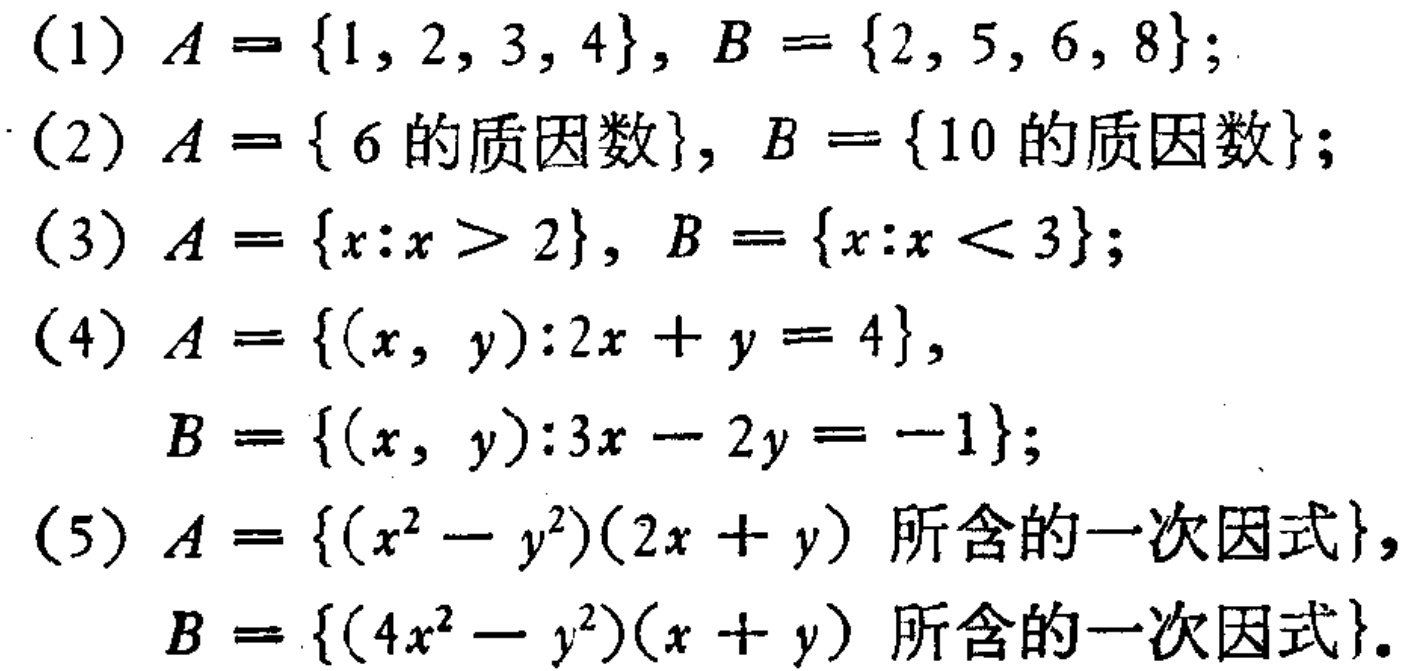
(1) \(A = \{1, 2, 3, 4\}, B = \{2, 5, 6, 8\}\);

(2) \(A = \{6\text{ 的质因数}\}, B = \{10\text{ 的质因数}\}\);

(3) \(A = \{x:x > 2\}, B = \{x:x < 3\}\);

(4) \(A = \{(x, y):2x + y = 4\},\)

\(B = \{(x, y):3x - 2y = -1\}\);

(5) \(A = \{(x^{2}-y^{2})(2x + y)\text{ 所含的一次因式}\},\)

\(B = \{(4x^{2}-y^{2})(x + y)\text{ 所含的一次因式}\}\)